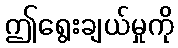
ဤရွေးချယ်မှုကို